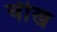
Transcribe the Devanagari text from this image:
चीख